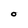
Character: O